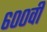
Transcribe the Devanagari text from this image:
६००वी